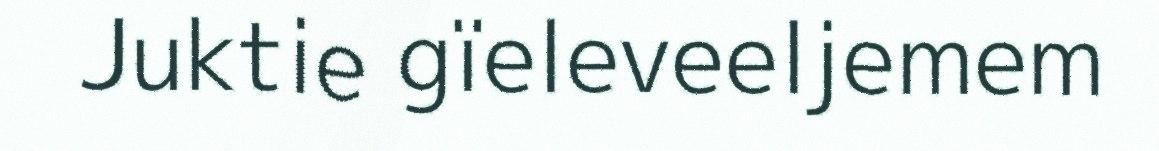
Juktie gïeleveeljemem